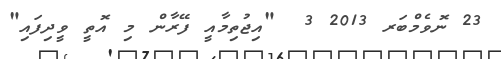
23 ނޮވެމްބަރ 2013 3  "އިޖުތިމާއީ ފޭރާން މި އޮތީ ވީދިފައި"